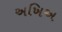
અખિઅ